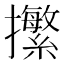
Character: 㩯